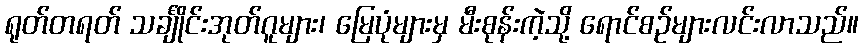
ရုတ်တရတ် သင်္ချိုင်းအုတ်ဂူများ၊ မြေပုံများမှ မီးစုန်းကဲ့သို့ ရောင်စဉ်များလင်းလာသည်။